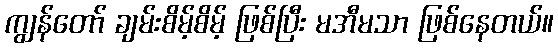
ကျွန်တော် ချမ်းစိမ့်စိမ့် ဖြစ်ပြီး မအီမသာ ဖြစ်နေတယ်။